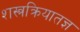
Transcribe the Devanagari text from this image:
शस्त्रक्रियातज्ञ